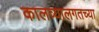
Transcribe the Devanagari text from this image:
कालव्यालगतच्या